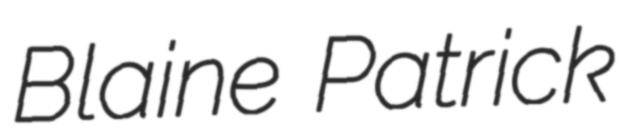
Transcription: Blaine Patrick